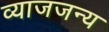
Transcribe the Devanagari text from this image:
व्याजजन्य